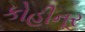
કોહીનૂર